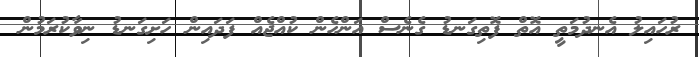
ރުހައިލު އެނދުމަތީ އޮތް ފޮތިގަނޑު ގެނެސް އަންހެން ކުއްޖެއް ފަދައިން ހަށިގަނޑު ނިވާކުރަމުން